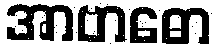
အာဗာဓော